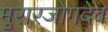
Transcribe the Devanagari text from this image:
मुरारजोगदेव